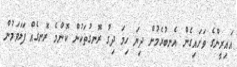
އައިރީންގެ ވަށައިގެން އެނބުރެމުން ދިޔަ ހިމަ ދިގު ރޮނގުތަކުން ކޮންމެ ރޮނގެއް ފަލަވަމުން